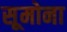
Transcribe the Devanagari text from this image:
सूमोना